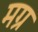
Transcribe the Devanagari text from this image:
मग्र